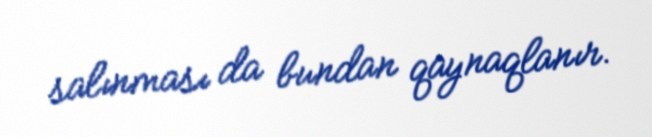
salınması da bundan qaynaqlanır.